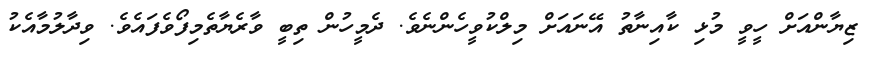
ޒިޔާންއަށް ހީވީ މުޅި ކާއިނާތު އޭނައަށް މިލްކުވީހެންނެވެ. ދެމީހުން ތިބީ ވާރެޔާތެމިފޯވެފައެވެ. ވިދާލުމާއެކު